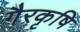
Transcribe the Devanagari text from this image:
गैरकृषि